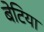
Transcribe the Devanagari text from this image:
बेटिया